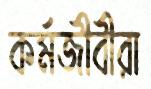
কর্মজীবীরা